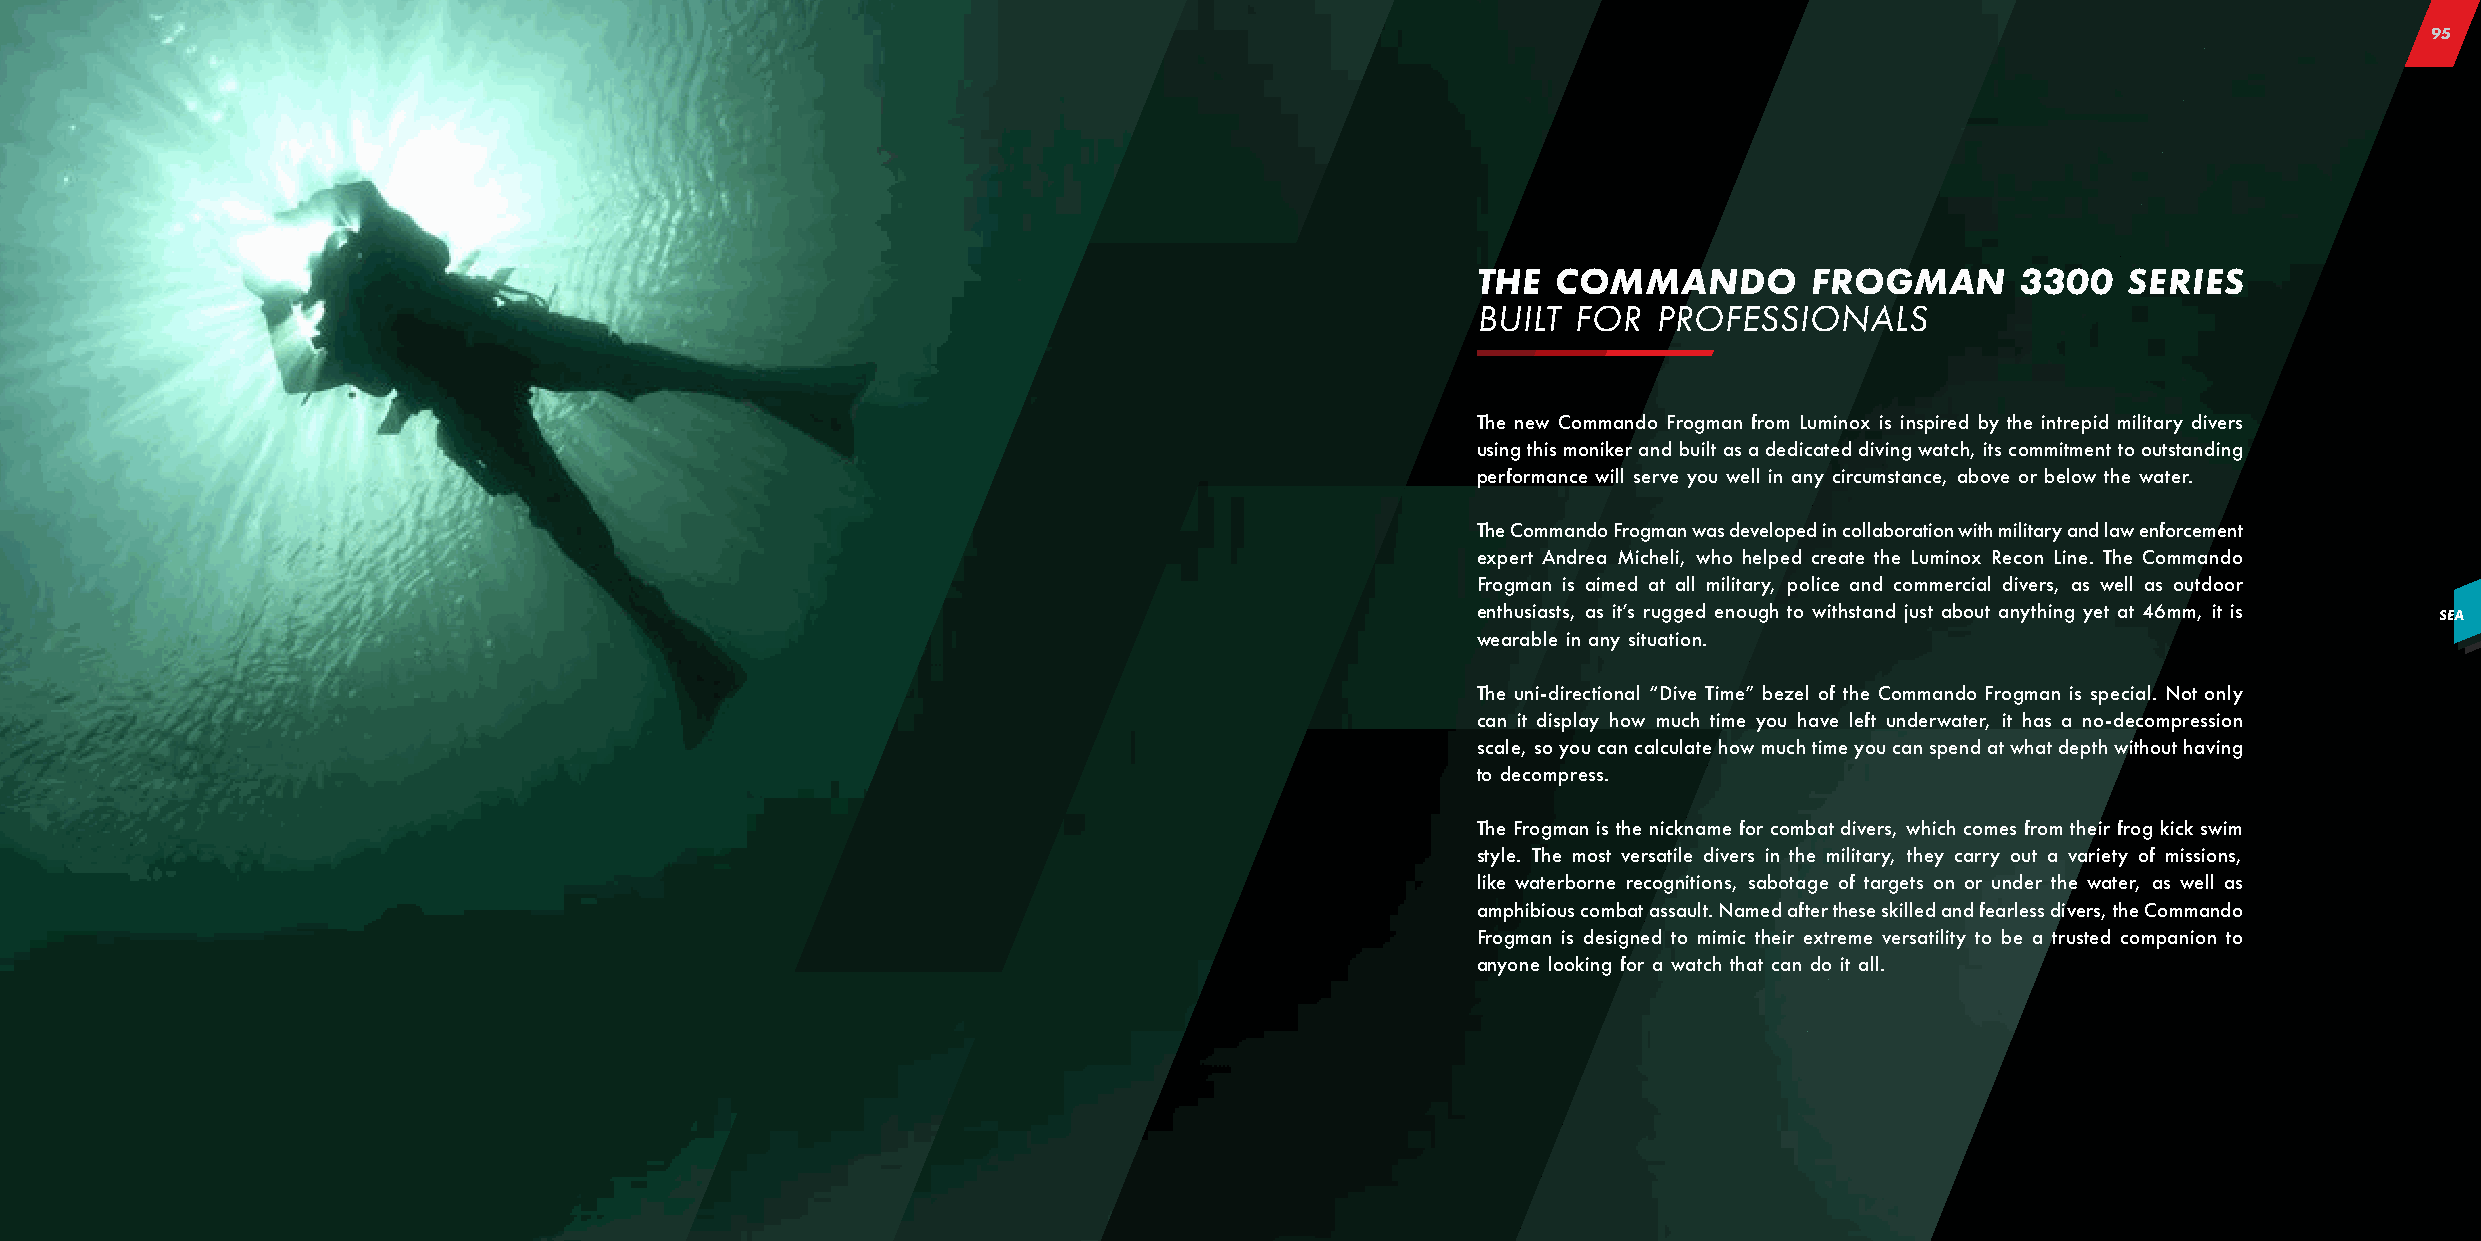
95
 THE  COMMANDO         FROGMAN       3300   SERIES
 BUILT FOR   PROFESSIONALS
 The new Commando Frogman from Luminox is inspired by the intrepid military divers
 using this moniker and built as a dedicated diving watch, its commitment to outstanding
 performance will serve you well in any circumstance, above or below the water.
 The Commando Frogman was developed in collaboration with military and law enforcement
 expert Andrea Micheli, who helped create the Luminox Recon Line. The Commando
 Frogman is aimed at all military, police and commercial divers, as well as outdoor
 enthusiasts, as it’s rugged enough to withstand just about anything yet at 46mm, it is SEA
 wearable in any situation.
 The uni-directional “Dive Time” bezel of the Commando Frogman is special. Not only
 can it display how much time you have left underwater, it has a no-decompression
 scale, so you can calculate how much time you can spend at what depth without having
 to decompress.
 The Frogman is the nickname for combat divers, which comes from their frog kick swim
 style. The most versatile divers in the military, they carry out a variety of missions,
 like waterborne recognitions, sabotage of targets on or under the water, as well as
 amphibious combat assault. Named after these skilled and fearless divers, the Commando
 Frogman is designed to mimic their extreme versatility to be a trusted companion to
 anyone looking for a watch that can do it all.